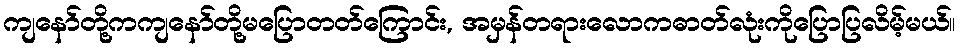
ကျနော်တို့ကကျနော်တို့မပြောတတ်ကြောင်း, အမှန်တရားလောကဓာတ်လုံးကိုပြောပြလိမ့်မယ်။